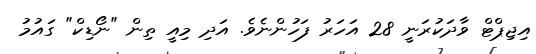
އިޖިޕްޓް ވާދަކުރަނީ 28 އަހަރު ފަހުންނެވެ. އަދި މިއީ ތިން "ނޯޑިކް" ގައުމު